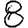
Digit: 8